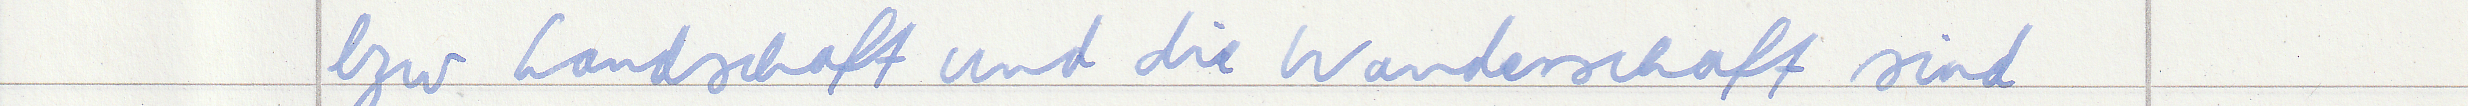
bzw Landschaft und die Wanderschaft sind